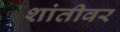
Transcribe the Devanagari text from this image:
शांतीवर